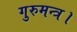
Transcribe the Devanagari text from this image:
गुरुमन्त्र।